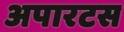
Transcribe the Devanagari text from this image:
अपारटस